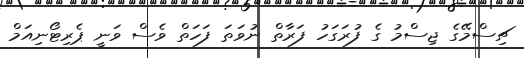
ޗިސްމޭގެ ޖިސްމު ގެ ފުރަގަހު ފަރާތް ނުވަތަ ފަހަތް ވެސް ވަނީ ޕެރިޓޯނިއަމް